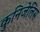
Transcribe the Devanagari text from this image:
कुनिजेलिस